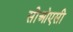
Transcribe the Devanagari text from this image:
सीओएसी